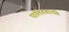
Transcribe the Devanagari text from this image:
पालितवानसि